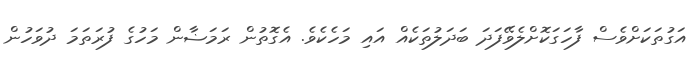
އަގުތަކަށްވެސް ފާހަގަކޮށްލެވޭފަދަ ބަދަލުތަކެއް އައި މަހެކެވެ. އެގޮތުން ރަމަޟާން މަހުގެ ފުރަތަމަ ދުވަހުން